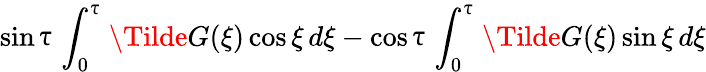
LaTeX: \sin{\uptau}\int_{0}^{\uptau}\Tilde{G}(\xi)\cos{\xi}\, d\xi-\cos{\uptau}\int_{0}^{\uptau}\Tilde{G}(\xi)\sin{\xi}\, d\xi